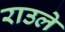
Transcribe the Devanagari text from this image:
राउले